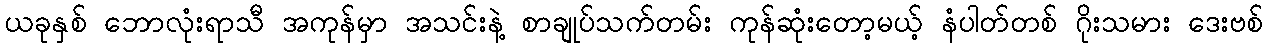
ယခုနှစ် ဘောလုံးရာသီ အကုန်မှာ အသင်းနဲ့ စာချုပ်သက်တမ်း ကုန်ဆုံးတော့မယ့် နံပါတ်တစ် ဂိုးသမား ဒေးဗစ်